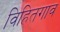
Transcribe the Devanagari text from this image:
विहितगाव